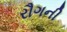
રૌગની